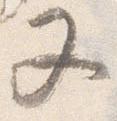
又